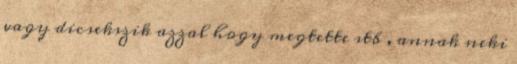
vagy dicsekszik azzal hogy megtette stb , annak neki